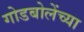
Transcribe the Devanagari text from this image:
गोडबोलेंच्या